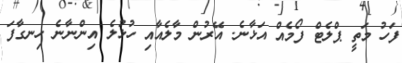
ފަހު މަތީ ޕްލެޓް ފޯމެއް އަޅާނެ. އޭރުން މާލެއާއި ހުޅުލެ އިންނާނެ ހިނގާފަ